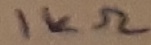
Text: 1KΩ